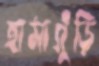
হামাগুঁড়ি